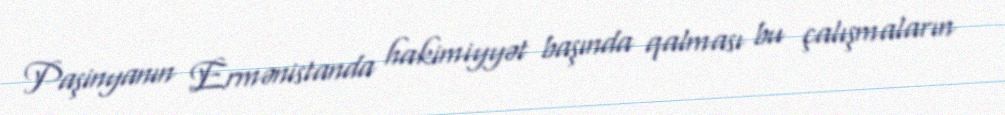
Paşinyanın Ermənistanda hakimiyyət başında qalması bu çalışmaların